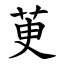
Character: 茰